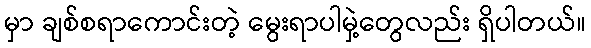
မှာ ချစ်စရာကောင်းတဲ့ မွေးရာပါမှဲ့တွေလည်း ရှိပါတယ်။